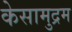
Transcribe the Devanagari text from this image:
केसामुद्रम